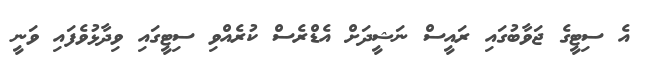
އެ ސިޓީގެ ޖަވާބުގައި ރައީސް ނަޝީދަށް އެޑްރެސް ކުރެއްވި ސިޓީގައި ވިދާޅުވެފައި ވަނީ